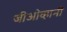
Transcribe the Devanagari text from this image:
जीओव्हानी